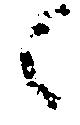
之